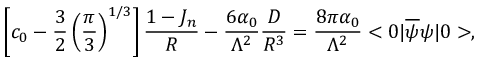
\left[ c _ { 0 } - { \frac { 3 } { 2 } } \left( { \frac { \pi } { 3 } } \right) ^ { 1 / 3 } \right] { \frac { 1 - J _ { n } } { R } } - { \frac { 6 \alpha _ { 0 } } { \Lambda ^ { 2 } } } { \frac { D } { R ^ { 3 } } } = { \frac { 8 \pi \alpha _ { 0 } } { \Lambda ^ { 2 } } } < 0 | \overline { { \psi } } \psi | 0 > ,